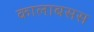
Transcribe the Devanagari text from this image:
कालाबसस